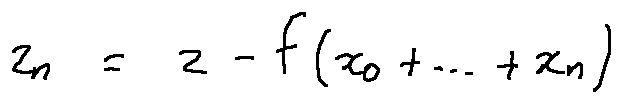
z _ { n } = z - f ( x _ { 0 } + \ldots + x _ { n } )